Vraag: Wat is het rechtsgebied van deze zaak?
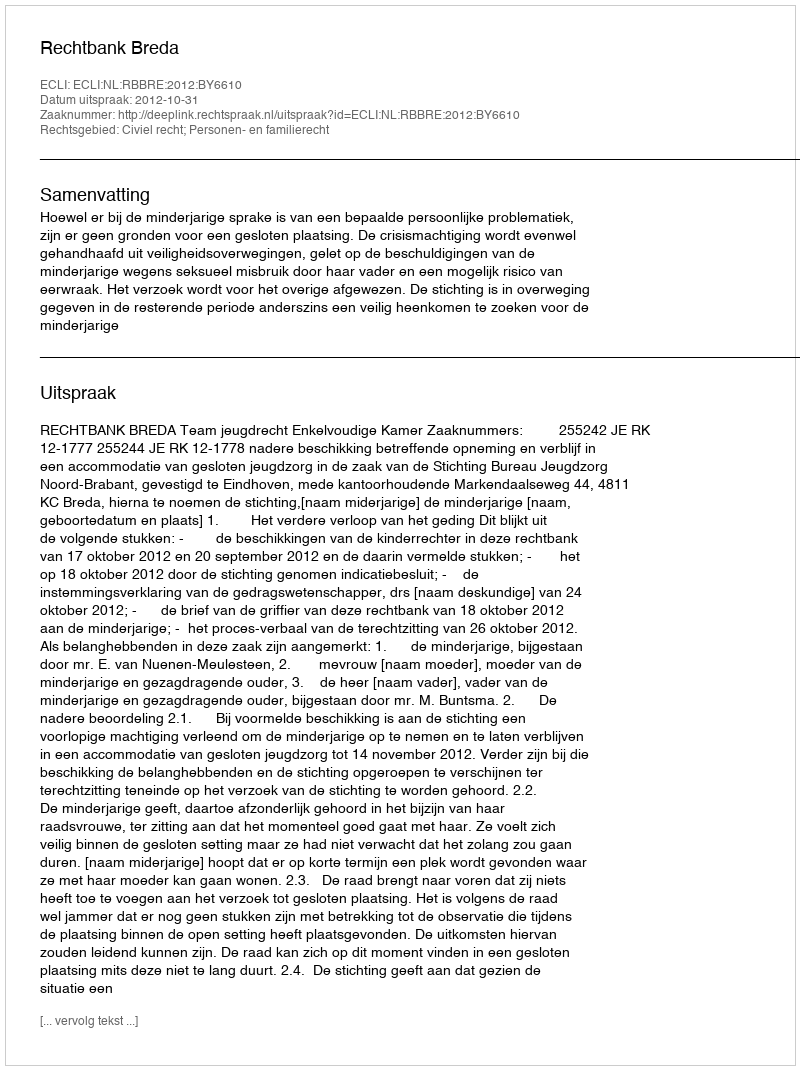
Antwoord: Civiel recht; Personen- en familierecht